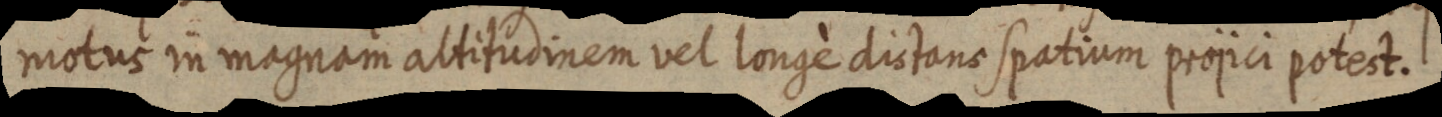
motus in magnam altitudinem vel longé dictans spatium projici potest.